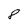
Character: 8